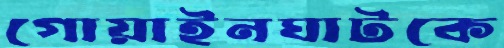
গোয়াইনঘাটকে